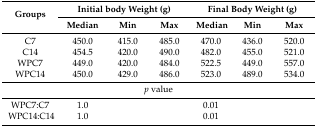
<table><thead><tr><td rowspan="2"><b>Groups</b></td><td colspan="3"><b>Initial body Weight (g)</b></td><td colspan="3"><b>Final Body Weight (g)</b></td></tr><tr><td><b>Median</b></td><td><b>Min</b></td><td><b>Max</b></td><td><b>Median</b></td><td><b>Min</b></td><td><b>Max</b></td></tr></thead><tbody><tr><td>C7</td><td>450.0</td><td>415.0</td><td>485.0</td><td>470.0</td><td>436.0</td><td>520.0</td></tr><tr><td>C14 </td><td>454.5</td><td>420.0</td><td>490.0</td><td>482.0</td><td>455.0</td><td>521.0</td></tr><tr><td>WPC7</td><td>449.0</td><td>420.0</td><td>484.0</td><td>522.5</td><td>449.0</td><td>557.0</td></tr><tr><td>WPC14</td><td>450.0</td><td>429.0</td><td>486.0</td><td>523.0</td><td>489.0</td><td>534.0</td></tr><tr><td colspan="7"><i>p</i> value</td></tr><tr><td>WPC7:C7</td><td>1.0</td><td></td><td></td><td>0.01</td><td></td><td></td></tr><tr><td>WPC14:C14</td><td>1.0</td><td></td><td></td><td>0.01</td><td></td><td></td></tr></tbody></table>